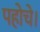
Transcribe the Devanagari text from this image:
पहोचे।